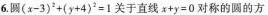
6.圆 $$( x - 3 ) ^ { 2 } + ( y + 4 ) ^ { 2 } = 1$$ 关于直线$$x + y = 0$$对称的圆的方